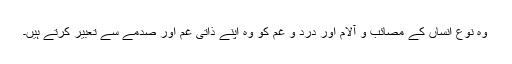
وہ نوع انساں کے مصائب و آلام اور درد و غم کو وہ اپنے ذاتی غم اور صدمے سے تعبیر کرتے ہیں۔